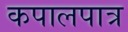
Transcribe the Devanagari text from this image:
कपालपात्र